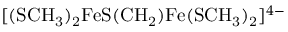
[ \mathrm { ( S C H _ { 3 } ) _ { 2 } F e S ( C H _ { 2 } ) F e ( S C H _ { 3 } ) _ { 2 } } ] ^ { 4 - }